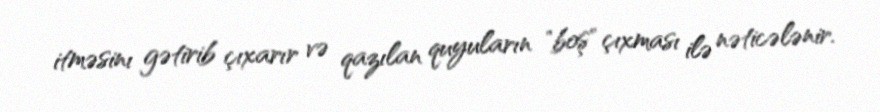
itməsinı gətirib çıxarır və qazılan quyuların "boş" çıxması ilə nəticələnir.